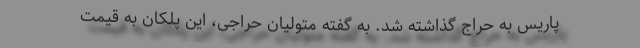
پاریس به حراج گذاشته شد. به گفته متولیان حراجی، این پلکان به قیمت